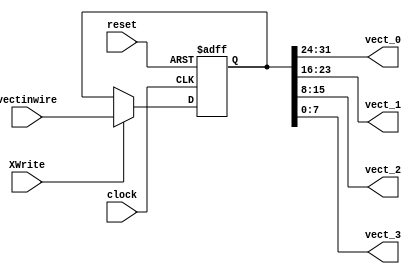
// ---------------------------------------------------------------------
// VECTOR REGISTER
// ---------------------------------------------------------------------
//
// Major Functions:	Registers memory stores four 8-bits data
//					 
// Input(s):		1. reset: 	clear registers value to zero
//					2. clock: 	data written at positive clock edge
//					3. vectinwire:	wire that links vregfile with
//									x1 or x2 register
//					4. XWrite: whether to write to register or not
//					
//
// Output(s):		1. vectoutwire:	data output of the register 
// ---------------------------------------------------------------------

module VR
(
clock, reset, XWrite,
vectinwire, vect_0, vect_1, vect_2, vect_3
);

// ------------------------ PORT declaration ------------------------ //
input clock;
input [31:0] vectinwire;
input XWrite;
input reset;
reg [31:0] x;
output [7:0] vect_0, vect_1, vect_2, vect_3;


// ------------------------- Registers/Wires ------------------------ //



// Synchronously write data to the register file;
// also supports an asynchronous reset, which clears all registers
always @(posedge clock or posedge reset)
begin
	if (reset) begin
		x = 0;
	end	else begin
		if (XWrite) begin
			x = vectinwire;
		end
	end
end

assign vect_0 = x[31:24];
assign vect_1 = x[23:16];
assign vect_2 = x[15:8];
assign vect_3 = x[7:0];

endmodule